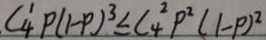
C ^ { 1 } _ { 4 } P ( 1 - p ) ^ { 3 } \leq C _ { 4 } ^ { 2 } P ^ { 2 } ( 1 - p ) ^ { 2 }